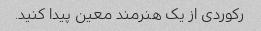
رکوردی از یک هنرمند معین پیدا کنید.